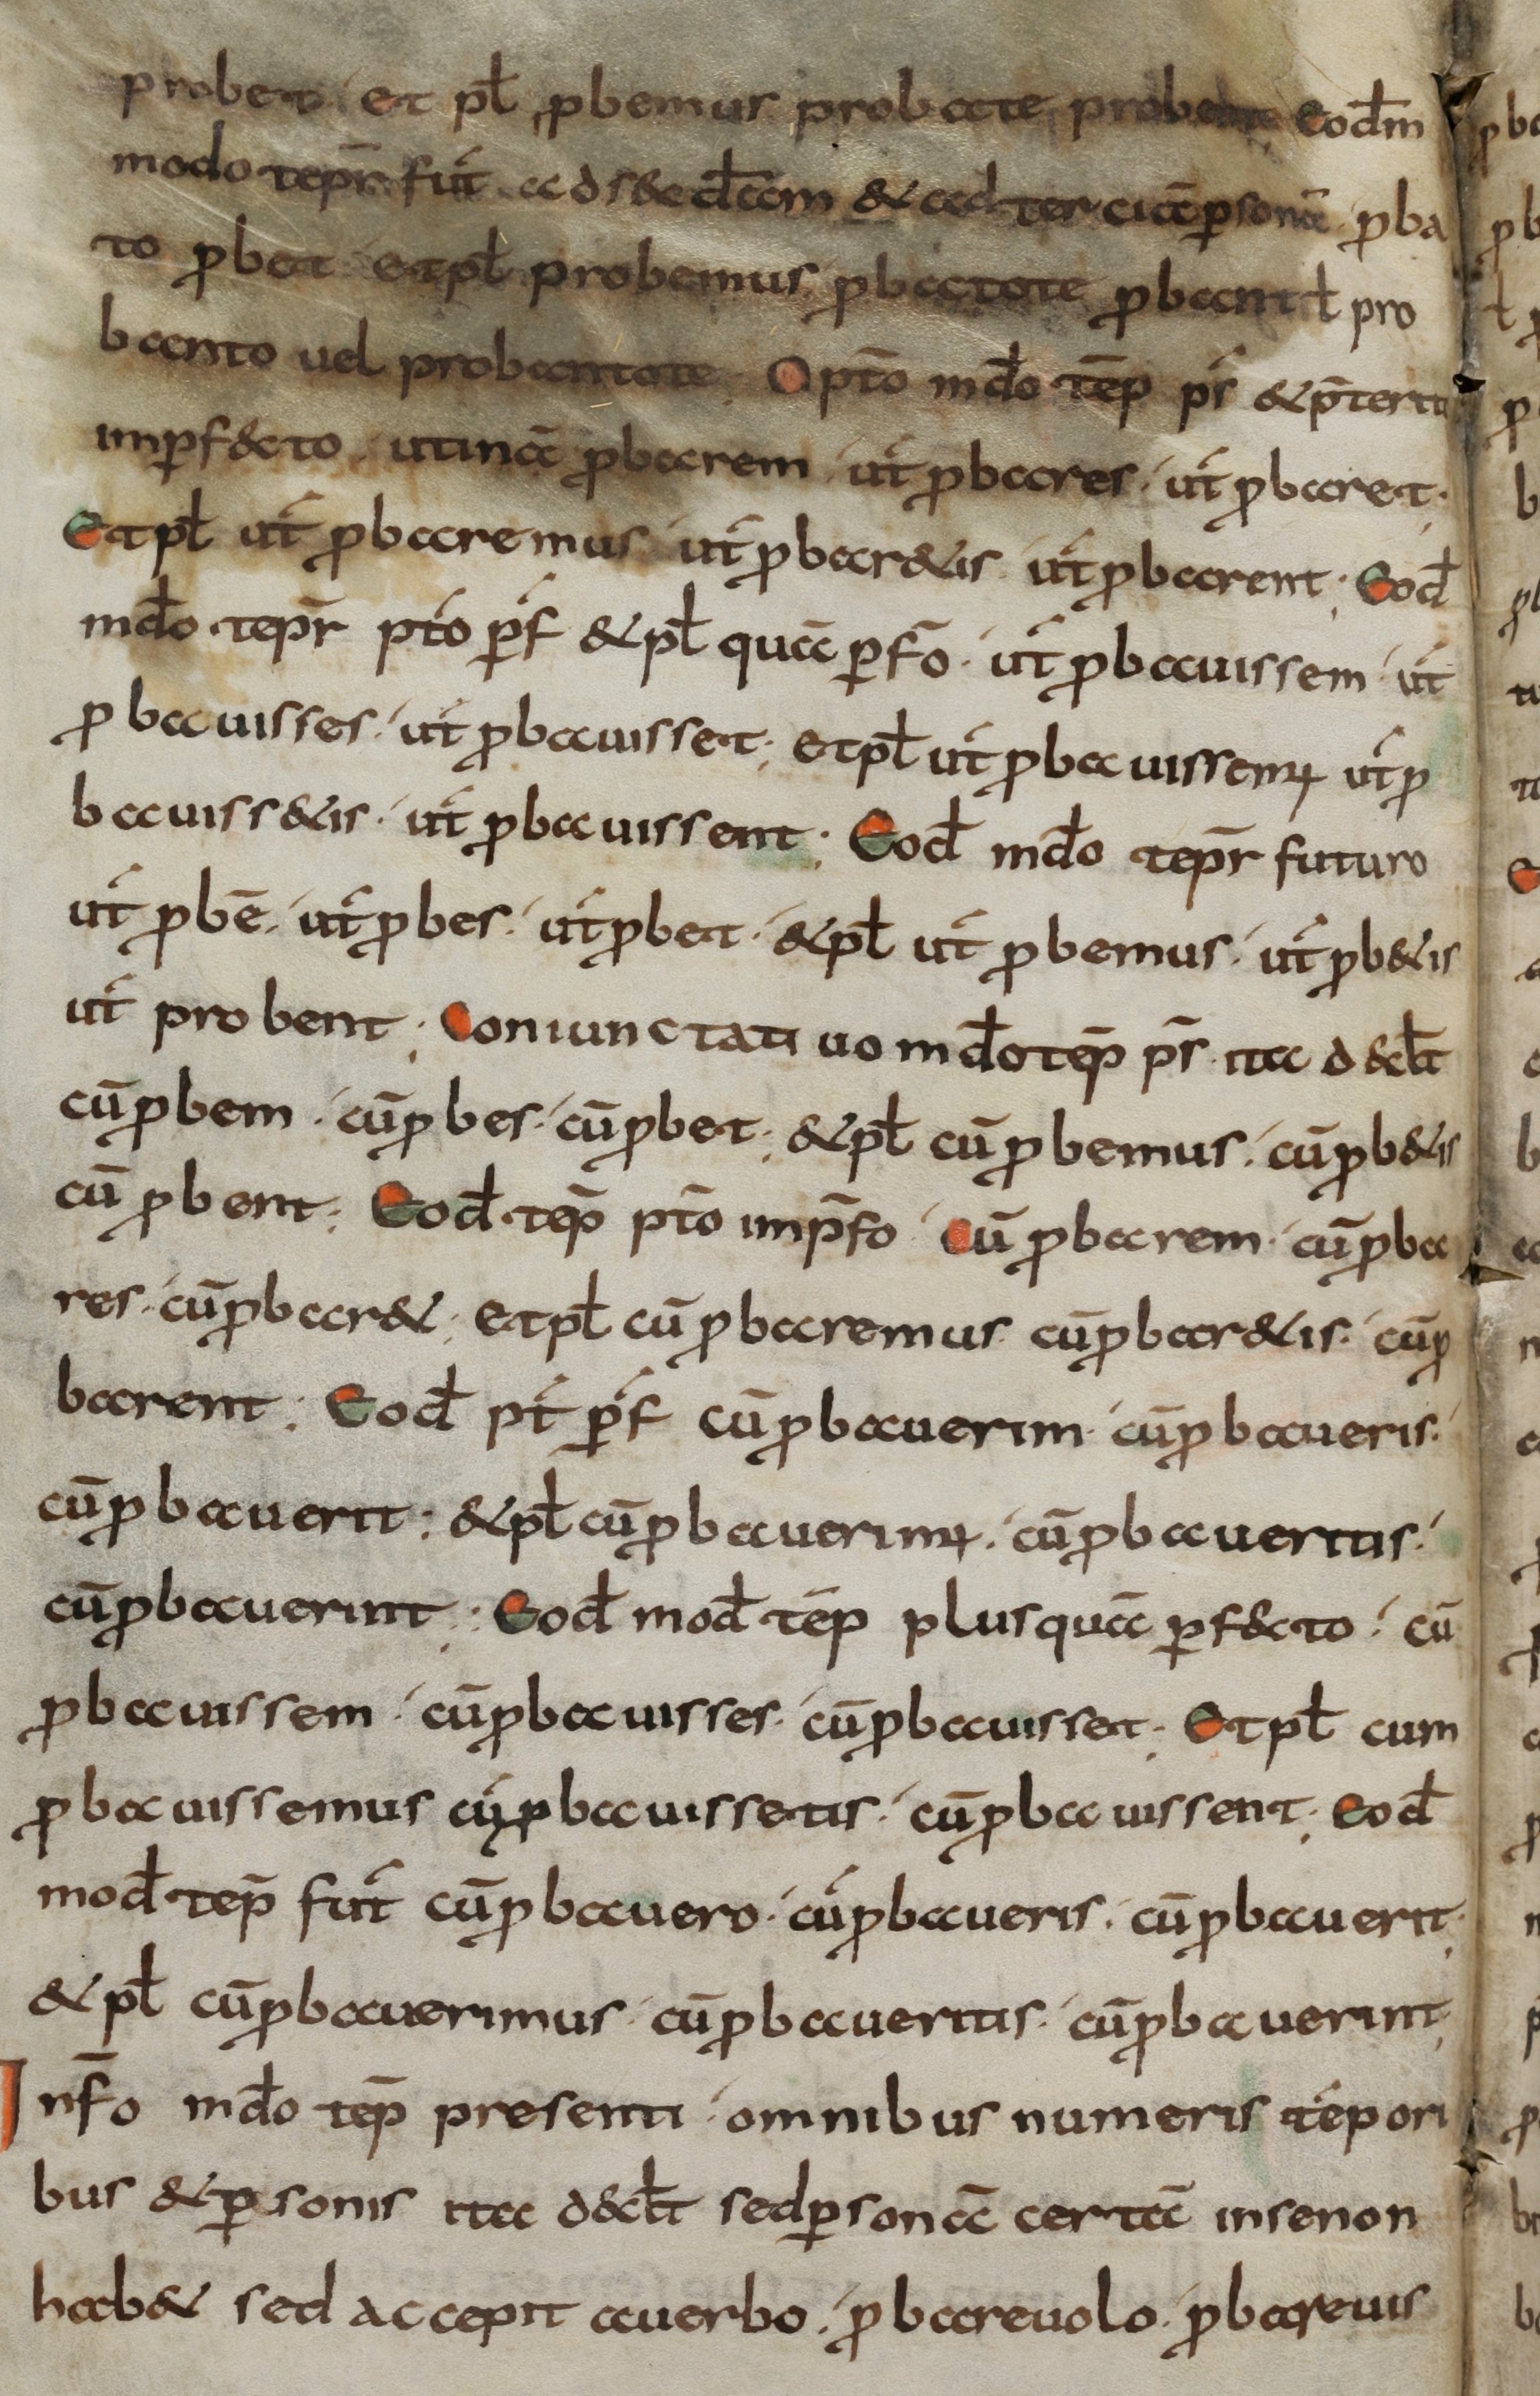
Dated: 800–899